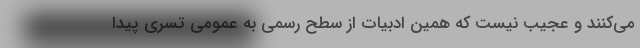
می‌کنند و عجیب نیست که همین ادبیات از سطح رسمی به عمومی تسری پیدا